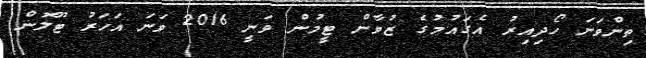
ތިންވަނަ ހޯދިއިރު އެގައުމުގެ ޒުވާން ޓީމުން ވަނީ 2016 ވަނަ އަހަރު ޓޫލޮން